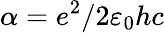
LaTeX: \alpha=e^{2}/2\varepsilon_{0}hc